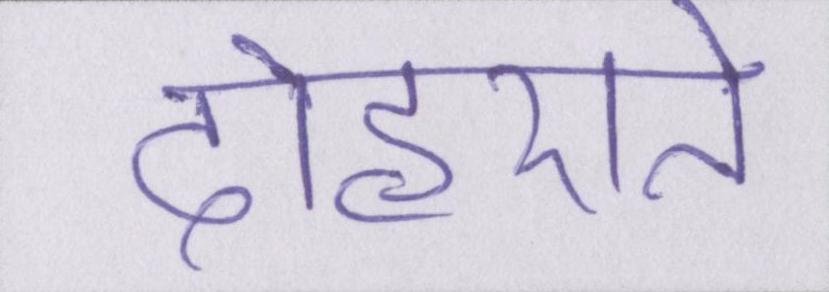
दोहराते